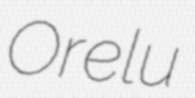
Orelu